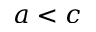
a < c